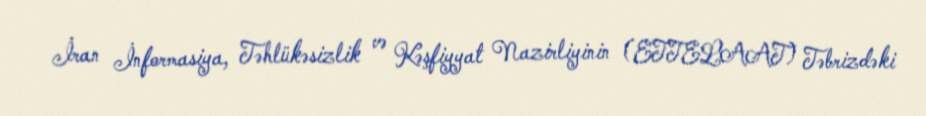
İran İnformasiya, Təhlükəsizlik və Kəşfiyyat Nazirliyinin (ETTELAAT) Təbrizdəki